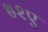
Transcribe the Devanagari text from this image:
७२ए